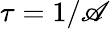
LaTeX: \tau=1/\mathscr{A}